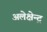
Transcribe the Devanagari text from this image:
अलेक्षेन्द्र